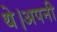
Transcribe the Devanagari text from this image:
थे।अपनी